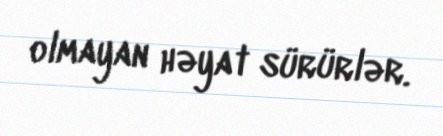
olmayan həyat sürürlər.